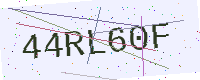
Text: 44RL60F